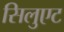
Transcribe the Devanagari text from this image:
सिलुएट